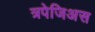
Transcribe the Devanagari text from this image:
त्रपेजिअस